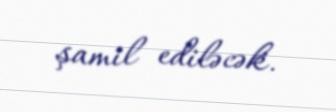
şamil ediləcək.